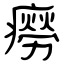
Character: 癆